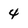
Character: 4